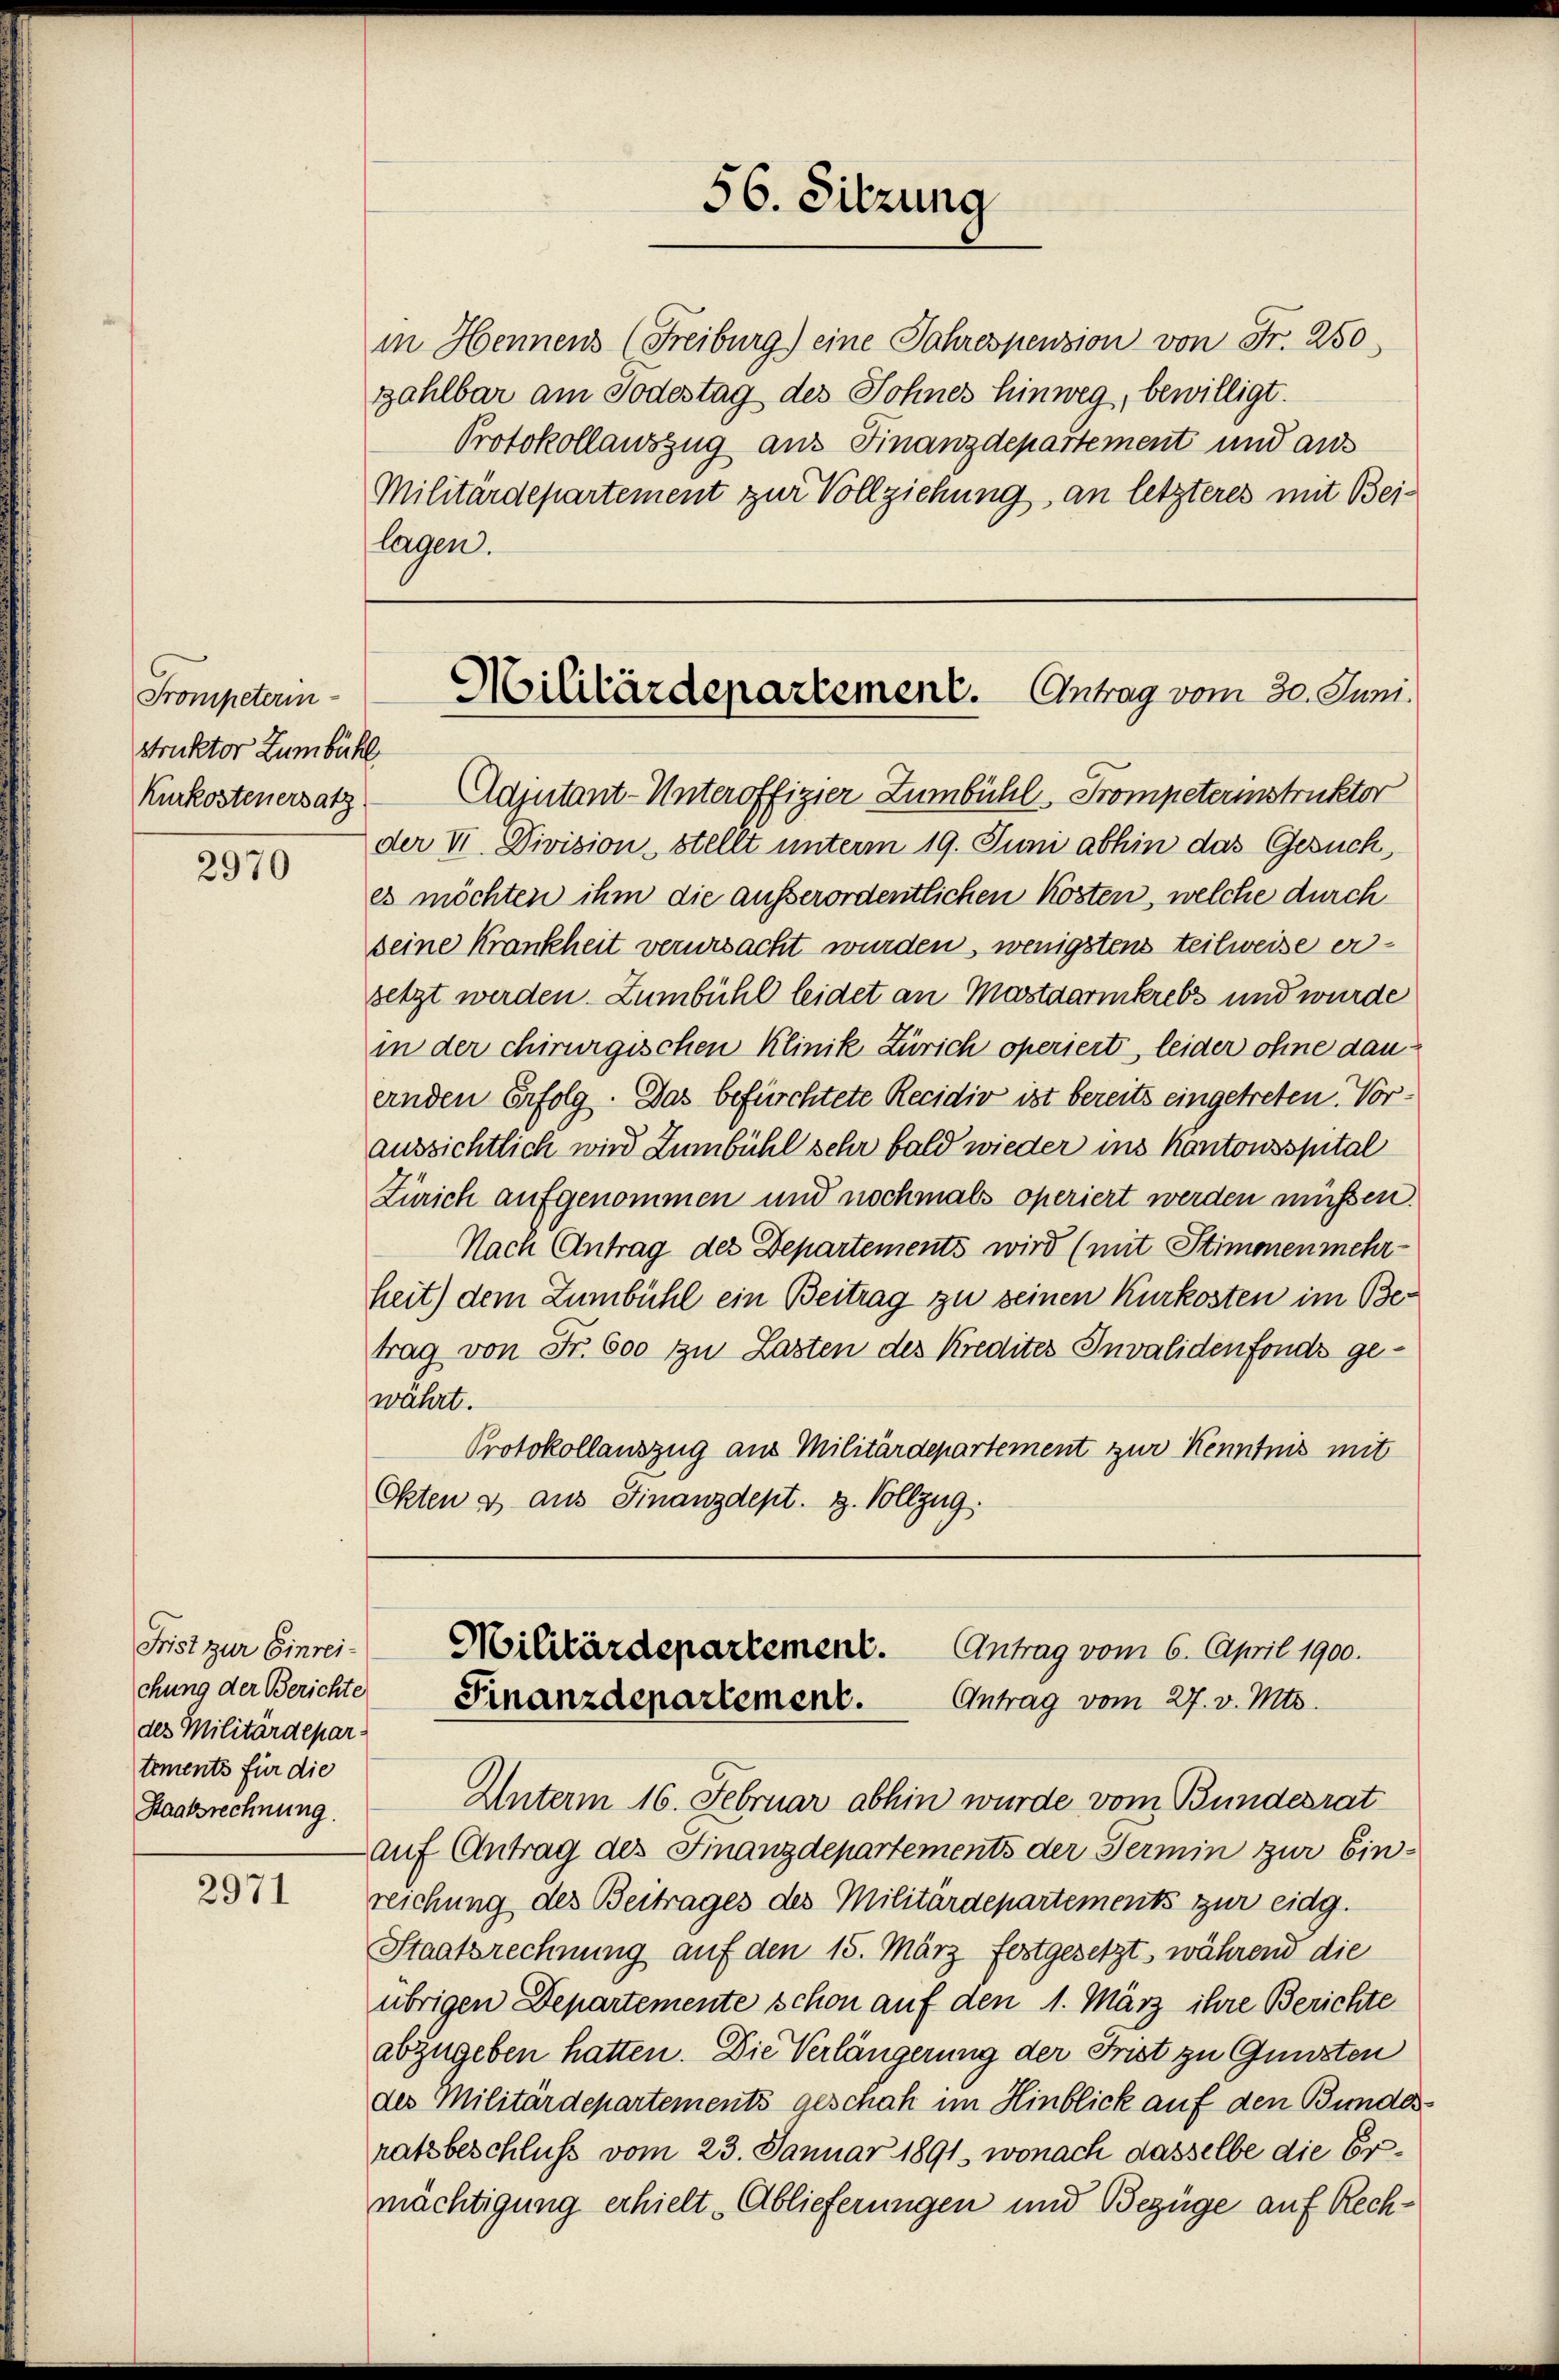
Trompeterin
struktor Zumbühl
Kurkostenersatz

2970

Frist zur Einreides Militärdepartements für die
Staatsrechnung.

2971

in Hennens (Freiburg) eine Jahrespension von Fr. 250
zahlbar am Todestag des Sohnes hinweg, bewilligt.
Protokollauszug aus Finanzdepartement und aus
Militärdepartement zur Vollziehung, an letzteres mit Bei-
lagen.

Adjutant-Unteroffizier Zumbühl, Trompeterinstruktor
der VI. Division, stellt unterm 19. Juni abhin das Gesuch,
es möchten ihm die außerordentlichen Kosten, welche durch
seine Krankheit verursacht wurden, wenigstens teilweise ersetzt werden. Zumbühl leidet an Mastaarikrebs und wurde
in der chirurgischen Klinik Zürich operiert, leider ohne dauernden Erfolg. Das befürchtete Recidiv ist bereits eingetreten. Voraussichtlich wird Zumbühl sehr bald wieder ins Kantonsspital
Zürich aufgenommen und nochmals operiert werden müssen.
Nach Antrag des Departements wird (mit Stimonenmehr-
heit) dem Zumbühl ein Beitrag zu seinen Kurkosten im Betrag von Fr. 600 zu Lasten des Kredites Invalidenfonds gewährt.
Protokollauszug aus Militärdepartement zur Kenntnis mit
Okten & aus Finanzdept. 3. Vollzug.

Unterm 16. Februar abhin wurde vom Bundesrat
auf Antrag des Finanzdepartements der Termin zur Einreichung des Beitrages des Militärdepartements zur eidg.
Staatsrechnung auf den 15. März festgesetzt, während die
übrigen Departemente schon auf den 1. März ihre Berichte
abzugeben hatten. Die Verlängerung der Frist zu Gunsten
des Militärdepartements geschah im Hinblick auf den Bundes-
ratsbeschluss vom 23. Januar 1891, wonach dasselbe die Ermächtigung erhielt. Ablieferungen und Bezüge auf Rech¬

56. Sitzung

Militärdepartement. Antrag vom 30. Juni.

Militärdepartement.
Antrag vom 6. April 1900.
chung der Berichte Finanzdepartement. Antrag vom 27. v. Mts.